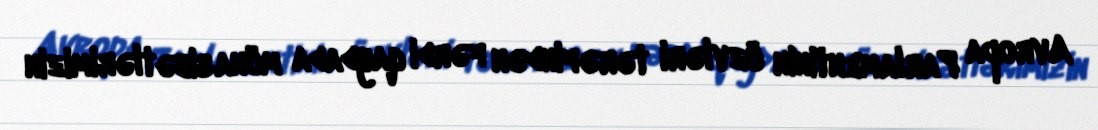
Avropa Parlamentinin üzvləri tərəfindən fərdi qaydada münasibətlərimizin